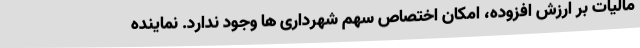
مالیات بر ارزش افزوده، امکان اختصاص سهم شهرداری ها وجود ندارد. نماینده